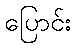
ပြောင်း